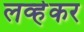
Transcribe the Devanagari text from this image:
लव्हेकर